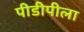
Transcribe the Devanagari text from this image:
पीडीपीला